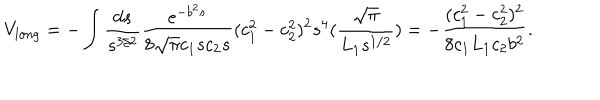
LaTeX: V _ { l o n g } = - \int \frac { d s } { s ^ { 3 / 2 } } \frac { e ^ { - b ^ { 2 } s } } { 8 \sqrt { \pi } c _ { 1 } s c _ { 2 } s } ( c _ { 1 } ^ { 2 } - c _ { 2 } ^ { 2 } ) ^ { 2 } s ^ { 4 } ( \frac { \sqrt { \pi } } { L _ { 1 } s ^ { 1 / 2 } } ) = - \frac { ( c _ { 1 } ^ { 2 } - c _ { 2 } ^ { 2 } ) ^ { 2 } } { 8 c _ { 1 } L _ { 1 } c _ { 2 } b ^ { 2 } } .